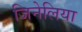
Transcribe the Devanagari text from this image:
जिनेलिया